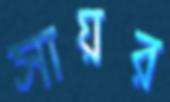
সায়র